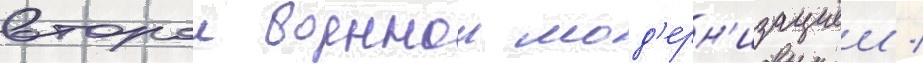
второи военнои мод'ерн'изациеи /